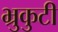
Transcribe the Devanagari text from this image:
भ्रुकुटी